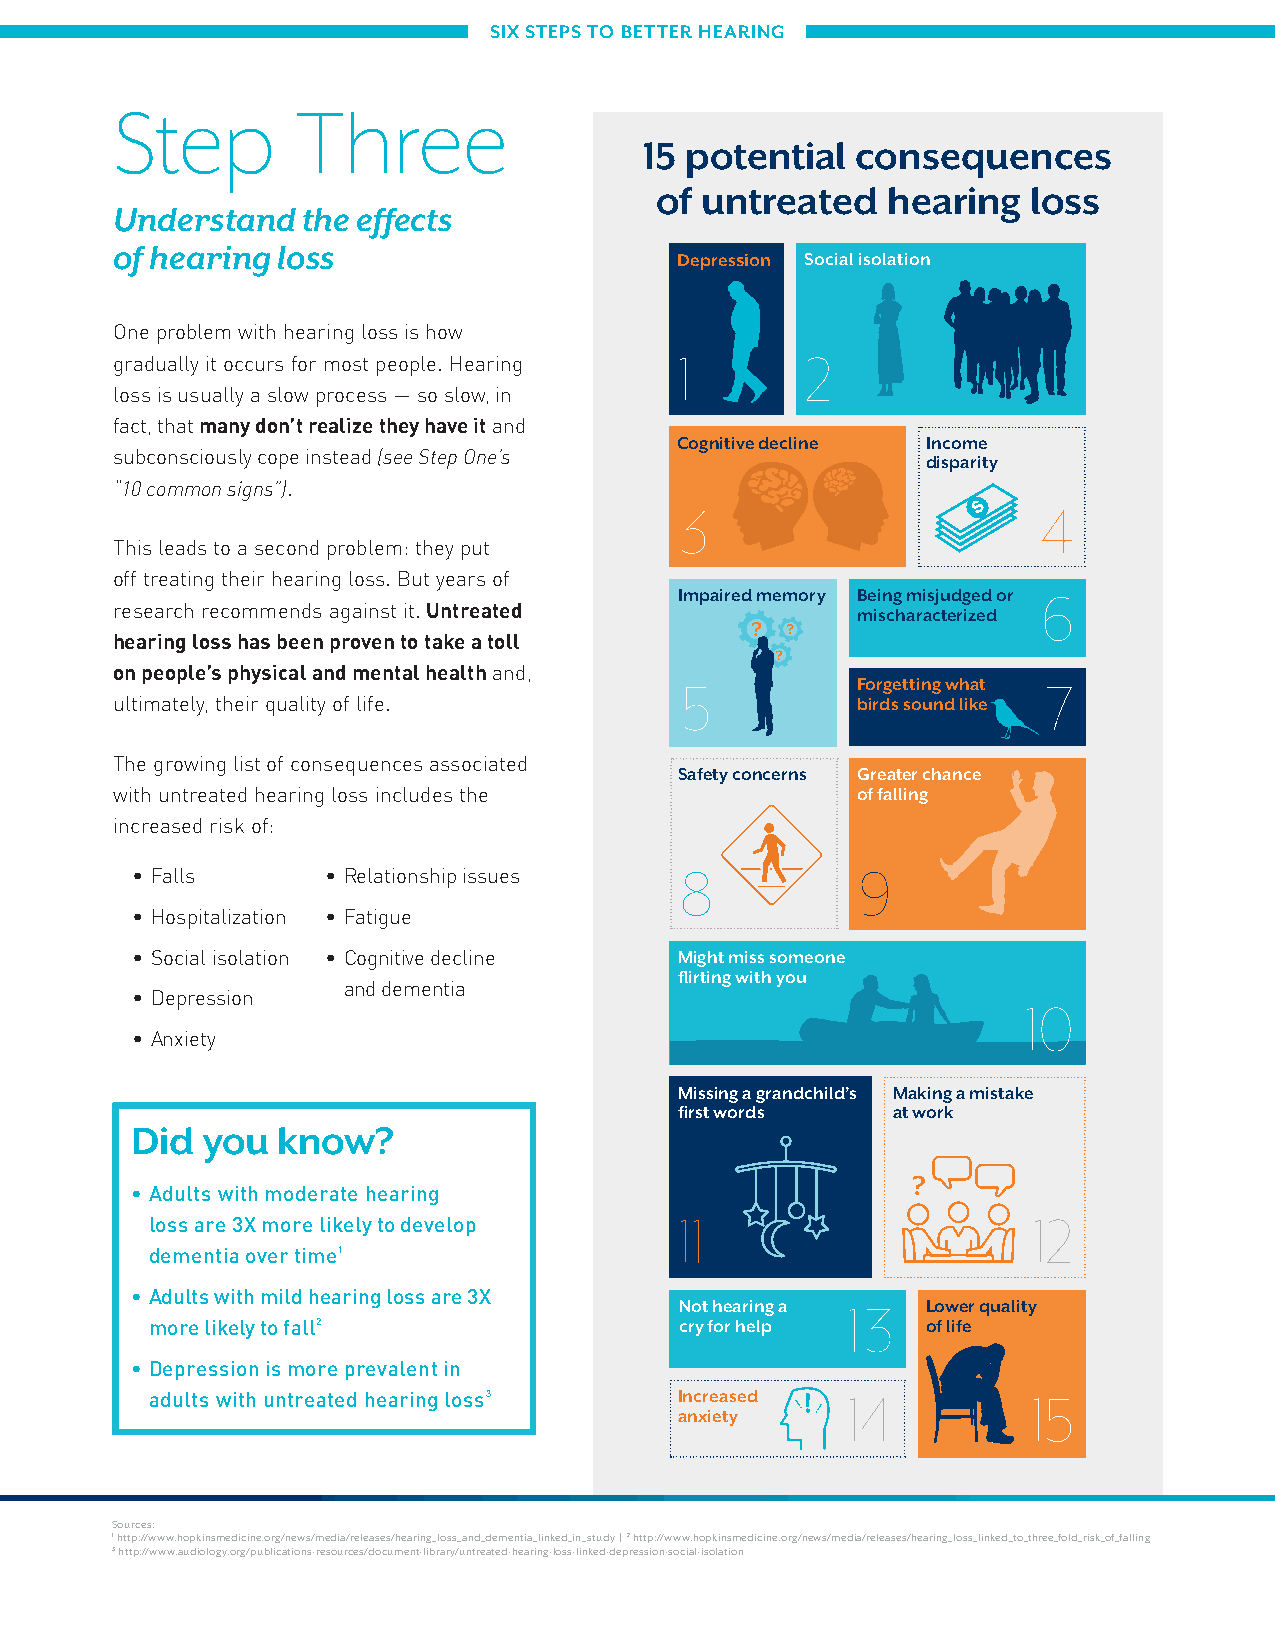
SIX STEPS TO BETTER HEARING
 Step        Three
 15 potential  consequences
 of untreated    hearing  loss
 Understand  the effects
 of hearing loss
 Depression Social isolation
 One problem with hearing loss is how
 1       2
 gradually it occurs for most people. Hearing
 loss is usually a slow process — so slow, in
 fact, that many don’t realize they have it and
 Cognitive decline Income
 subconsciously cope instead (see Step One’s          disparity
 “10 common signs”).
 3                       4
 This leads to a second problem: they put
 off treating their hearing loss. But years of
 Impaired memory Being misjudged or 6
 research recommends against it. Untreated        mischaracterized
 ? ?
 hearing loss has been proven to take a toll
 ?
 on people’s physical and mental health and,
 5           Forgetting what 7
 ultimately, their quality of life.               birds sound like
 The growing list of consequences associated
 Safety concerns Greater chance
 with untreated hearing loss includes the         of falling
 increased risk of:
 8           9
 • Falls      • Relationship issues
 • Hospitalization • Fatigue
 • Social isolation • Cognitive decline Might miss someone
 flirting with you
 and dementia
 • Depression                                               10
 • Anxiety
 Missing a grandchild’s Making a mistake
 first words   at work
 Did you  know?
 ?
 • Adults with moderate hearing
 11                     12
 loss are 3X more likely to develop
 dementia over time1
 • Adults with mild hearing loss are 3X
 Not hearing a 13 Lower quality
 more likely to fall2               cry for help    of life
 • Depression is more prevalent in
 adults with untreated hearing loss3 Increased 14          15
 anxiety
 Sources:
 1 http://www.hopkinsmedicine.org/news/media/releases/hearing_loss_and_dementia_linked_in_study | 2 http://www.hopkinsmedicine.org/news/media/releases/hearing_loss_linked_to_three_fold_risk_of_falling
 3 http://www.audiology.org/publications-resources/document-library/untreated-hearing-loss-linked-depression-social-isolation